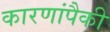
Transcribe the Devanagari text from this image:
कारणांपैकी